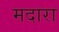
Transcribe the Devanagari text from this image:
मदारा